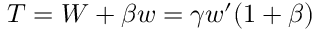
{ T } = W + \beta w = \gamma w ^ { \prime } ( 1 + \beta )